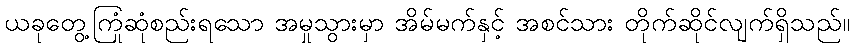
ယခုတွေ့ကြုံဆုံစည်းရသော အမှုသွားမှာ အိမ်မက်နှင့် အစင်သား တိုက်ဆိုင်လျက်ရှိသည်။